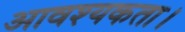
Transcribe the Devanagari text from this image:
आवश्‍यकता।